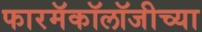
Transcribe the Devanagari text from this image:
फारमॅकॉलॉजीच्या